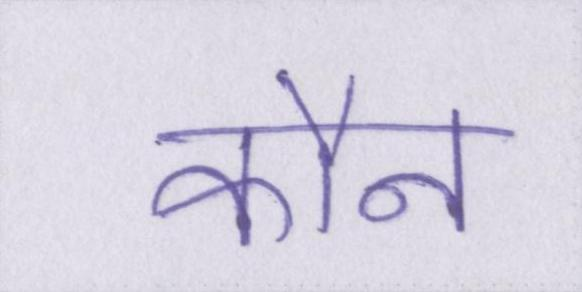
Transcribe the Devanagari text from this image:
कौन